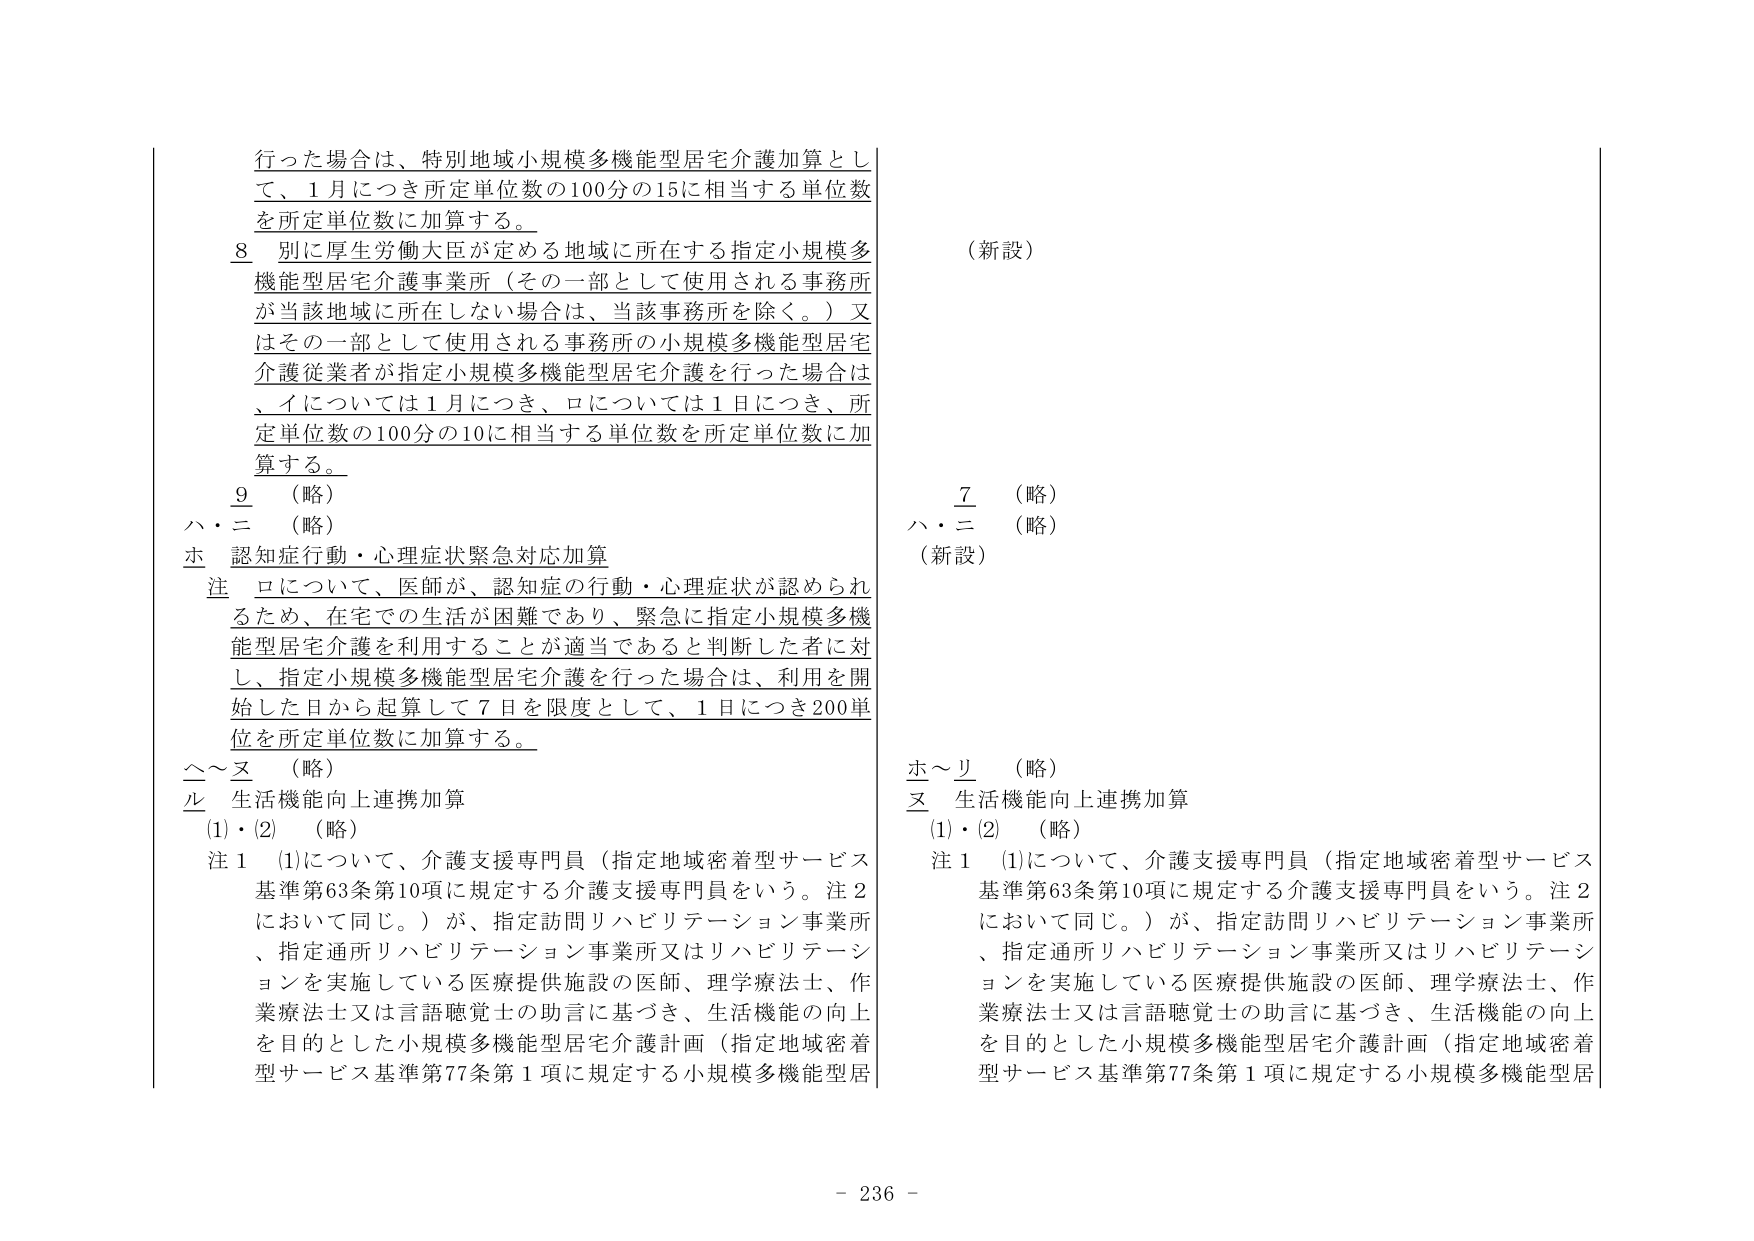
行った場合は、特別地域小規模多機能型居宅介護加算とし
て、1月につき所定単位数の100分の15に相当する単位数
を所定単位数に加算する。
8 別に厚生労働大臣が定める地域に所在する指定小規模多
機能型居宅介護事業所（その一部として使用される事務所
が当該地域に所在しない場合は、当該事務所を除く。）又
はその一部として使用される事務所の小規模多機能型居宅
介護従業者が指定小規模多機能型居宅介護を行った場合は
、イについては1月につき、ロについては1日につき、所
定単位数の100分の10に相当する単位数を所定単位数に加
算する。
9 （略）
ハ・ニ （略）
ホ 認知症行動・心理症状緊急対応加算
注 ロについて、医師が、認知症の行動・心理症状が認められ
るため、在宅での生活が困難であり、緊急に指定小規模多機
能型居宅介護を利用することが適当であると判断した者に対
し、指定小規模多機能型居宅介護を行った場合は、利用を開
始した日から起算して7日を限度として、1日につき200単
位を所定単位数に加算する。
ヘ～ヌ （略）
ル 生活機能向上連携加算
(1)・(2) （略）
注1 (1)について、介護支援専門員（指定地域密着型サービス
基準第63条第10項に規定する介護支援専門員をいう。注2
において同じ。）が、指定訪問リハビリテーション事業所
、指定通所リハビリテーション事業所又はリハビリテーシ
ョンを実施している医療提供施設の医師、理学療法士、作
業療法士又は言語聴覚士の助言に基づき、生活機能の向上
を目的とした小規模多機能型居宅介護計画（指定地域密着
型サービス基準第77条第1項に規定する小規模多機能型居

（新設）
7 （略）
ハ・ニ （略）
（新設）
ホ～リ （略）
ヌ 生活機能向上連携加算
(1)・(2) （略）
注1 (1)について、介護支援専門員（指定地域密着型サービス
基準第63条第10項に規定する介護支援専門員をいう。注2
において同じ。）が、指定訪問リハビリテーション事業所
、指定通所リハビリテーション事業所又はリハビリテーシ
ョンを実施している医療提供施設の医師、理学療法士、作
業療法士又は言語聴覚士の助言に基づき、生活機能の向上
を目的とした小規模多機能型居宅介護計画（指定地域密着
型サービス基準第77条第1項に規定する小規模多機能型居

- 236 -